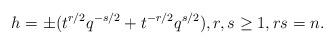
LaTeX: \begin{align*} h = \pm ( t^{r/2} q^{-s/2} + t^{-r/2} q^{s/2}), r,s \geq 1, rs = n. \end{align*}